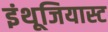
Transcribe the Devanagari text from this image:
इंथूजियास्ट